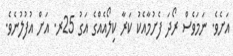
އަށެވެ. ނަމަވެސް ރޯދަ ފެށުމާއެކު ކަރާ ކިލޯއެއްގެ އަގު 25ރ. އަށް އުފުލުނެވެ.